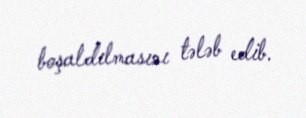
boşaldılmasını tələb edib.